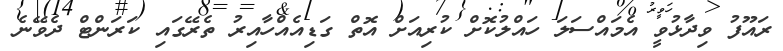
ރައޫފު ވިދާޅުވީ އެމައްސަލަ ހައްލުކޮށް ކުރިއަށް އޮތް ގަޑިއެއްހާއިރު ތެރޭގައި ކަރަންޓް ދެވޭނެ